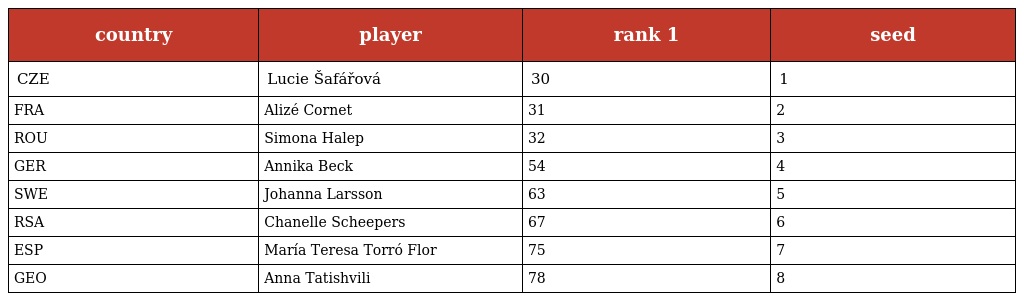
| country | player | rank 1 | seed |
 | --- | --- | --- | --- |
 | CZE | Lucie Šafářová | 30 | 1 |
 | FRA | Alizé Cornet | 31 | 2 |
 | ROU | Simona Halep | 32 | 3 |
 | GER | Annika Beck | 54 | 4 |
 | SWE | Johanna Larsson | 63 | 5 |
 | RSA | Chanelle Scheepers | 67 | 6 |
 | ESP | María Teresa Torró Flor | 75 | 7 |
 | GEO | Anna Tatishvili | 78 | 8 |